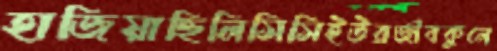
হাজিয়াছিলিসিসিইউরজীবকুলে